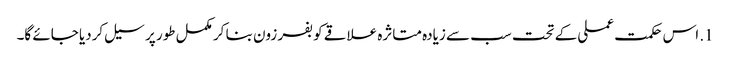
1. اس حکمت عملی کے تحت سب سے زیادہ متاثرہ علاقے کو بفر زون بنا کر مکمل طور پر سیل کردیا جائے گا۔